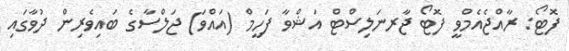
ފޮޓޯ: ރާއްޖެއެމްވީ ފޮޓޯ ޖާރނަލިސްޓް އަޝްވާ ފަހީމް (އައްވަ) ޖަލްސާގެ ބައިވެރިން ދުވާގައި